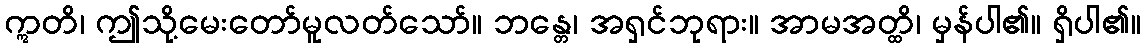
ဣတိ၊ ဤသို့မေးတော်မူလတ်သော်။ ဘန္တေ၊ အရှင်ဘုရား။ အာမအတ္ထိ၊ မှန်ပါ၏။ ရှိပါ၏။